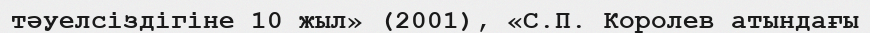
тәуелсіздігіне 10 жыл» (2001), «С.П. Королев атындағы